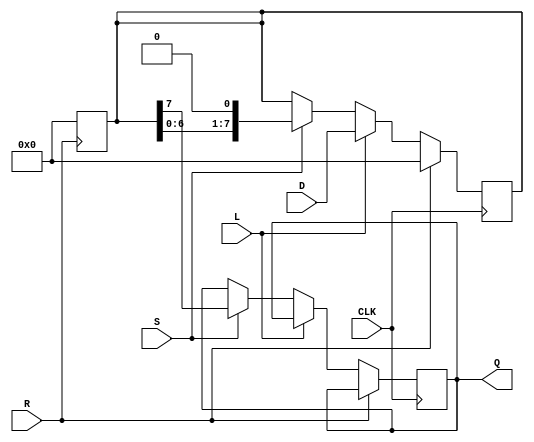
module piso_register #(
    parameter N = 8  // Width of the parallel input data
)(
    input wire [N-1:0] D,  // Parallel Data Input
    input wire L,           // Load Control Signal
    input wire S,           // Shift Control Signal
    input wire CLK,         // Clock Signal
    input wire R,           // Asynchronous Reset
    output reg Q           // Serial Output
);

    reg [N-1:0] shift_reg;   // Shift Register to hold parallel data

    // Asynchronous Reset
    always @(posedge R) begin
        shift_reg <= {N{1'b0}}; // Clear all bits to zero
    end

    // Main logic: Edge-triggered behavior on clock rising edge
    always @(posedge CLK) begin
        if (R) begin
            shift_reg <= {N{1'b0}}; // Reset the shift register if R is high
        end else if (L) begin
            shift_reg <= D;          // Load parallel data into the shift register
        end else if (S) begin
            Q <= shift_reg[N-1];     // Output the MSB to Q
            shift_reg <= {shift_reg[N-2:0], 1'b0}; // Shift the register right, filling LSB with 0
        end
    end

endmodule